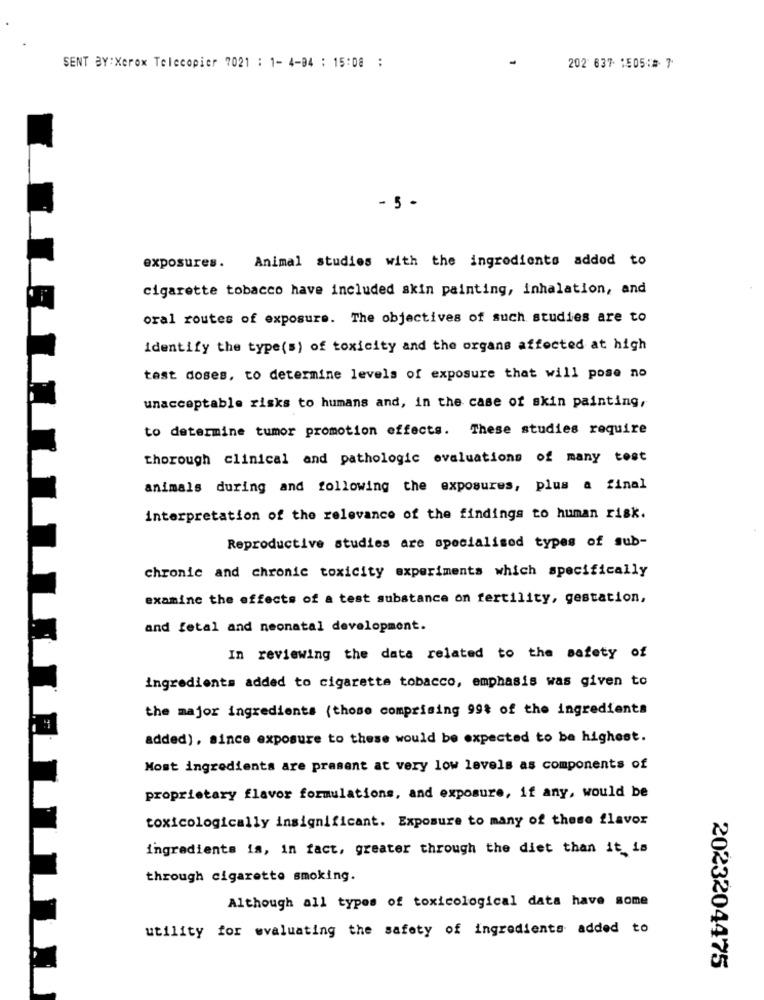
SENT BY:Xerox Telecopier 7021 : 1- 4-04 : 15:08 :
202 637 1505 ** 7
- 5 -
exposures. Animal studies with the ingredients added to
cigarette tobacco have included skin painting, inhalation, and
oral routes of exposure. The objectives of such studies are to
identify the type(s) of toxicity and the organs affected at high
test doses, to determine levels of exposure that will pose no
unacceptable risks to humans and, in the case of skin painting,
to determine tumor promotion effects. These studies require
thorough clinical and pathologic evaluations of many tost
animals during and following the exposures, plus a final
interpretation of the relevance of the findings to human risk.
Reproductive studies are specialised types of sub-
chronic and chronic toxicity experiments which specifically
examine the effects of a test substance on fertility, gestation,
and fetal and neonatal development.
In reviewing the data related to the safety of
ingredients added to cigarette tobacco, emphasis was given to
the major ingredients (those comprising 99$ of the ingredients
added), since exposure to these would be expected to be highest.
Most ingredients are prasent at very low levels as components of
proprietary flavor formulations, and exposure, if any, would be
toxicologically insignificant. Exposure to many of these flavor
ingredients is, in fact, greater through the diet than it is
through cigarette smoking.
Although all types of toxicological data have some
utility for evaluating the safety of ingredients added to
2023204475